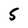
Character: 5